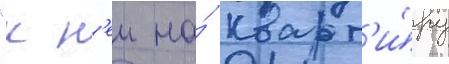
"к н'еи на́ кварт'и́ру